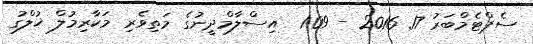
ސެޕްޓެމްބަރު 17